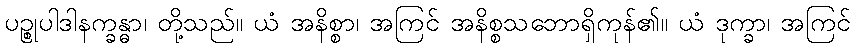
ပဉ္စုပါဒါနက္ခန္ဓာ၊ တို့သည်။ ယံ အနိစ္စာ၊ အကြင် အနိစ္စသဘောရှိကုန်၏။ ယံ ဒုက္ခာ၊ အကြင်